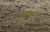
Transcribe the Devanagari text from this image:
इस्टीफन